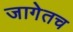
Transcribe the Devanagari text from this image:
जागेतच